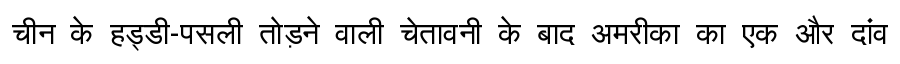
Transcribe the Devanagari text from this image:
चीन के हड्डी-पसली तोड़ने वाली चेतावनी के बाद अमरीका का एक और दांव